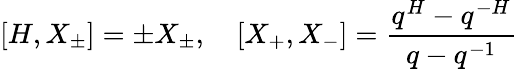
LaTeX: [H,X_{\pm}]=\pm X_{\pm},\quad[X_{+},X_{-}]=\frac{q^{H}-q^{-H}}{q-q^{-1}}